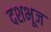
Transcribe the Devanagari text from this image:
दशभूज